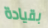
بقيادة